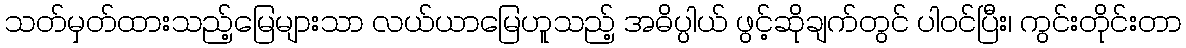
သတ်မှတ်ထားသည့်မြေများသာ လယ်ယာမြေဟူသည့် အဓိပ္ပါယ် ဖွင့်ဆိုချက်တွင် ပါဝင်ပြီး၊ ကွင်းတိုင်းတာ